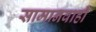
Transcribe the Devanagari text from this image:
सामानवाही